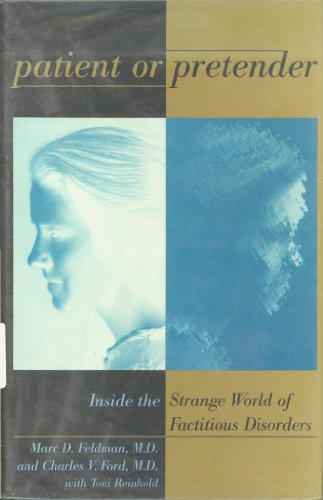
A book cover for Patient or Pretender: Inside the Strange World of Factitious Disorders; Marc D. Feldman; Medical Books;